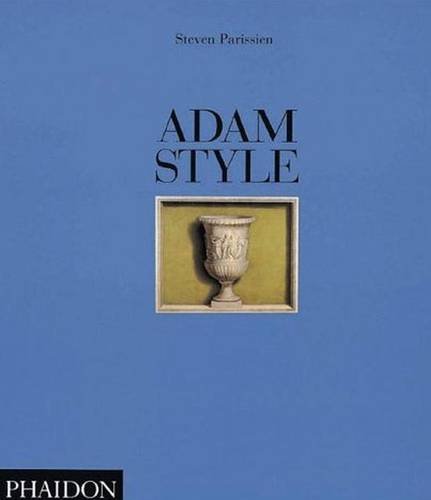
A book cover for Adam Style (Life Style S); Steven Parissien; Arts & Photography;